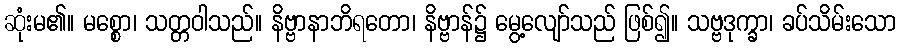
ဆုံးမ၏။ မစ္စော၊ သတ္တဝါသည်။ နိဗ္ဗာနာဘိရတော၊ နိဗ္ဗာန်၌ မွေ့လျော်သည် ဖြစ်၍။ သဗ္ဗဒုက္ခာ၊ ခပ်သိမ်းသော